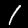
Digit: 1